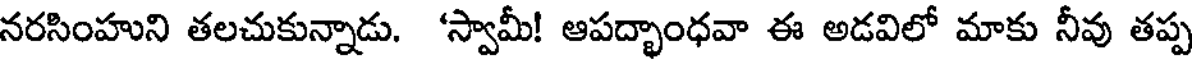
నరసింహుని తలచుకున్నాడు. 'స్వామీ! ఆపద్భాంధవా ఈ అడవిలో మాకు నీవు తప్ప